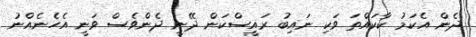
ދެން އެކަމު ކާކައްތަ ވަކި ނައިބު ރައީސްކަން ދޭނީ ދެންވެސް ވަނީ އެހެނެއްނު